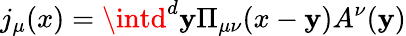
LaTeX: j_{\mu}(x)=\intd^{d}\mathbf{y}\Pi_{\mu\nu}(x-\mathbf{y})A^{\nu}(\mathbf{y})